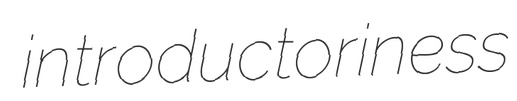
introductoriness